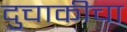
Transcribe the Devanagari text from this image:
दुचाकीचा